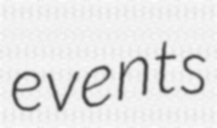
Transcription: events